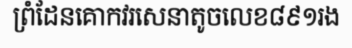
ព្រំដែនគោកវរសេនាតូចលេខ៨៩១រង